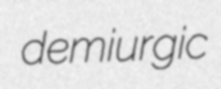
demiurgic